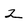
Character: 2